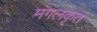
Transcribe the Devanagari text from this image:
मंगलकृत